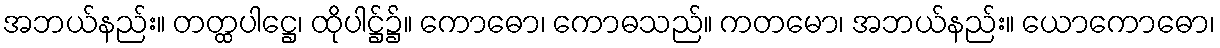
အဘယ်နည်း။ တတ္ထပါဋ္ဌေ၊ ထိုပါဋ္ဌ်၌။ ကောဓော၊ ကောဓသည်။ ကတမော၊ အဘယ်နည်း။ ယောကောဓော၊